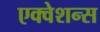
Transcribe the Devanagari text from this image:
एक्वेशन्स